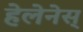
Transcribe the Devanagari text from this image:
हेलेनेस्